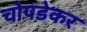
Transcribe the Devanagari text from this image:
चोपडेकर